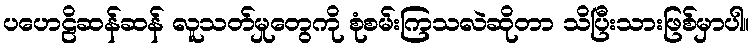
ပဟေဠိဆန်ဆန် လူသတ်မှုတွေကို စုံစမ်းကြသလဲဆိုတာ သိပြီးသားဖြစ်မှာပါ။